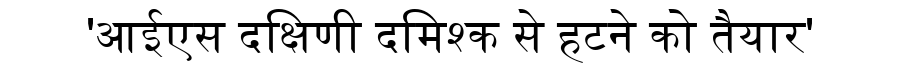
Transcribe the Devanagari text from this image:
'आईएस दक्षिणी दमिश्क से हटने को तैयार'